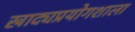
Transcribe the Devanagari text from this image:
खाद्यप्रयोगशाला